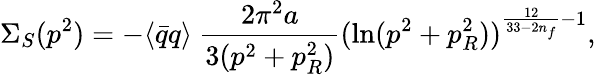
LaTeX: \Sigma_{S}(p^{2})=-\langle{\bar{q}}q\rangle~\frac{2\pi^{2}a}{3(p^{2}+p_{R}^{2})}(\ln(p^{2}+p_{R}^{2}))^{\frac{12}{33-2n_{f}}-1},